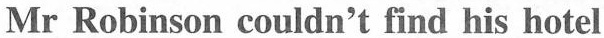
Mr Robinson couldn't find his hotel